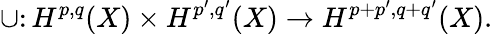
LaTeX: \cup\colon H^{p,q}(X)\times H^{p^{\prime},q^{\prime}}(X)\rightarrow H^{p+p^{\prime},q+q^{\prime}}(X).